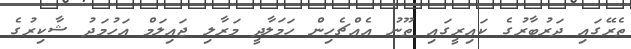
ތެރޭގައި ދަރުބާރުގެ ކައިރީގައި ތޫނު އެއްޗެހިން ހަމަލާދީ މަރާލި ޖައިލަމް އަހުމަދު ޝާކިރުގެ